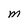
Character: M